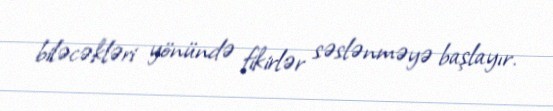
biləcəkləri yönündə fikirlər səslənməyə başlayır.